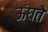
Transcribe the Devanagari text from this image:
ऊंघते